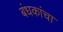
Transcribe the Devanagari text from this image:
बंधकांचा